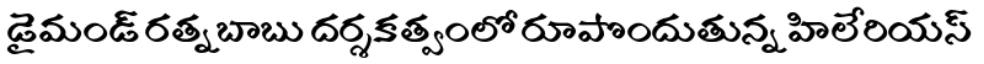
డైమండ్ రత్నబాబు దర్శకత్వంలో రూపొందుతున్న హిలేరియస్